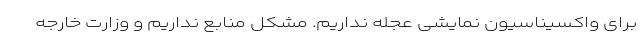
برای واکسیناسیون نمایشی عجله نداریم. مشکل منابع نداریم و وزارت خارجه